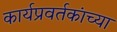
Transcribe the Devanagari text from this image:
कार्यप्रवर्तकांच्या